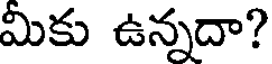
మికు ఉన్నదా?